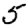
Digit: 5